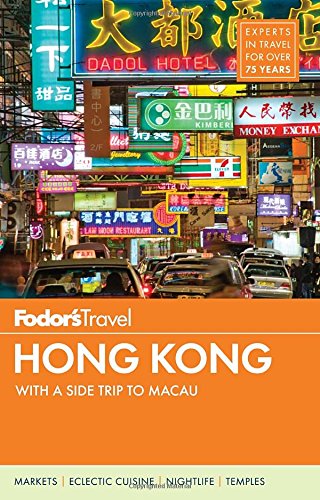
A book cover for Fodor's Hong Kong: with a Side Trip to Macau (Full-color Travel Guide); Fodor's; Travel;